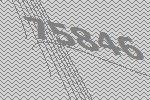
75846